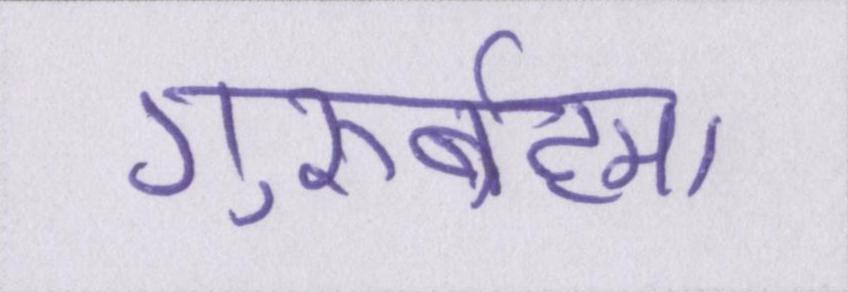
गुरुर्ब्रह्मा